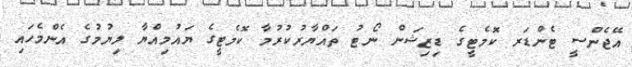
އޭޖެންސީ ޓެންޑަރ ކޮމެޓީގެ ޑިޒިޝަން ނޯޓު ތައްޔާރުކުރުމާ ކޮމެޓީގެ ޔައުމިއްޔާ ލިޔުމުގެ އެންމެހައި